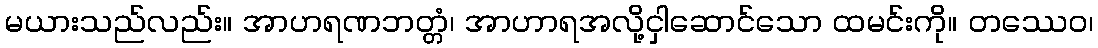
မယားသည်လည်း။ အာဟရဏဘတ္တံ၊ အာဟာရအလို့ငှါဆောင်သော ထမင်းကို။ တဿေဝ၊